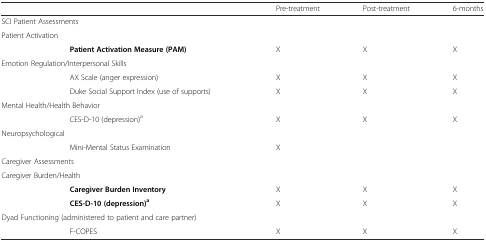
| <COLSPAN=2>  | Pre-treatment | Post-treatment | 6-months |
 | --- | --- | --- | --- | --- |
 | <COLSPAN=2> SCI Patient Assessments |  |  |  |
 | <COLSPAN=2> Patient Activation |  |  |  |
 |  | Patient Activation Measure (PAM) | X | X | X |
 | <COLSPAN=2> Emotion Regulation/Interpersonal Skills |  |  |  |
 |  | AX Scale (anger expression) | X | X | X |
 |  | Duke Social Support Index (use of supports) | X | X | X |
 | <COLSPAN=2> Mental Health/Health Behavior |  |  |  |
 |  | CES-D-10 (depression)a | X | X | X |
 | <COLSPAN=2> Neuropsychological |  |  |  |
 |  | Mini-Mental Status Examination | X |  |  |
 | <COLSPAN=2> Caregiver Assessments |  |  |  |
 | <COLSPAN=2> Caregiver Burden/Health |  |  |  |
 |  | Caregiver Burden Inventory | X | X | X |
 |  | CES-D-10 (depression)a | X | X | X |
 | <COLSPAN=2> Dyad Functioning (administered to patient and care partner) |  |  |  |
 |  | F-COPES | X | X | X |